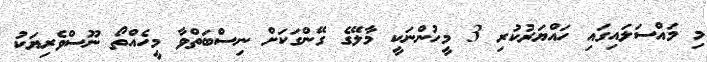
މި މައްސަލައިގައި ހައްޔަރުކުރި 3 މީހުންނަކީ މާލޭގެ ގޭންގަކަށް ނިސްބަތްވާ މީހެއްތޯ ނޫސްވެރިޔަކު